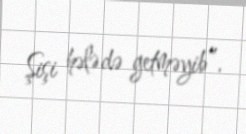
Şişi hələ də getməyib”.